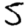
Digit: 5